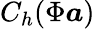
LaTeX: C_{h}(\Phi\boldsymbol{a})